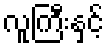
လူကြီးနှင့်